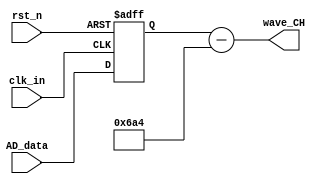
// This program was cloned from: https://github.com/Digital-EDA/Digital-IDE
// License: MIT License

module AD6645
(
	input 		clk_in,
	input 		rst_n,
	input  [13:0] 	AD_data,
	output [13:0] 	wave_CH
);
reg [13:0] 	wave_CH_buf;
always@(posedge clk_in or negedge rst_n)
begin
	if(!rst_n)
		wave_CH_buf <= 14'd0;
	else
		wave_CH_buf <= AD_data;
end
assign wave_CH = wave_CH_buf - 14'd1700;
endmodule